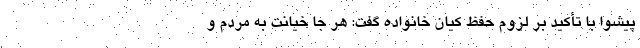
پیشوا با تأکید بر لزوم حفظ کیان خانواده گفت: هر جا خیانت به مردم و